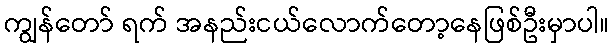
ကျွန်တော် ရက် အနည်းငယ်လောက်တော့နေဖြစ်ဦးမှာပါ။